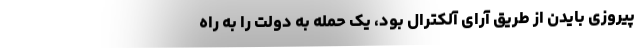
پیروزی بایدن از طریق آرای آلکترال بود، یک حمله به دولت را به راه